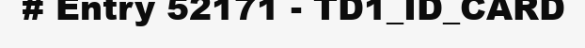
# Entry 52171 - TD1_ID_CARD